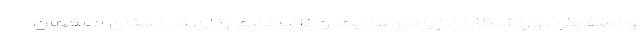
و اصفهان، ورزشکاران زیادی داریم. وزنه‌برداری زنان در استان اصفهان